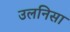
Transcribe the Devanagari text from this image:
उलनिसा